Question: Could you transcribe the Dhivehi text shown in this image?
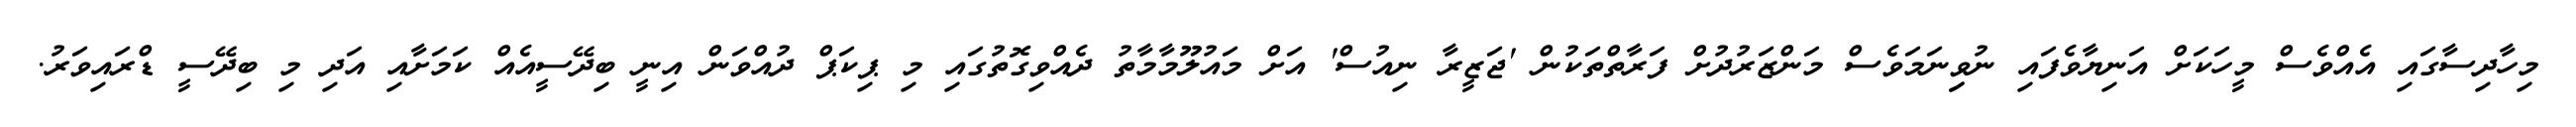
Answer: މިހާދިސާގައި އެއްވެސް މީހަކަށް އަނިޔާވެފައި ނުވިިނަމަވެސް މަންޒަރުދުށް ފަރާތްތަކުން 'ޖަޒީރާ ނިއުސް' އަށް މައުލޫމާމާތު ދެއްވިގޮތުގައި މި ޕިކަޕް ދުއްވަން އިނީ ބިދޭސީއެއް ކަމަށާއި އަދި މި ބިދޭސީ ޑްރައިވަރު.